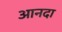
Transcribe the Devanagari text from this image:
आनदा